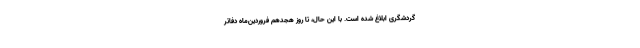
گردشگری ابلاغ شده است. با این حال، تا روز هجدهم فروردین‌ماه دفاتر